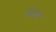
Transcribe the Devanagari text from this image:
येतात्त